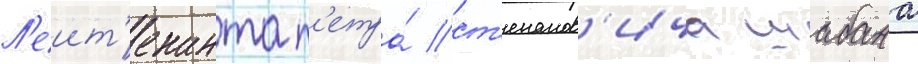
Л'еит'енанта п'етра́ ст'епанов'ича шабана